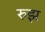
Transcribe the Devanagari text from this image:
रुझ